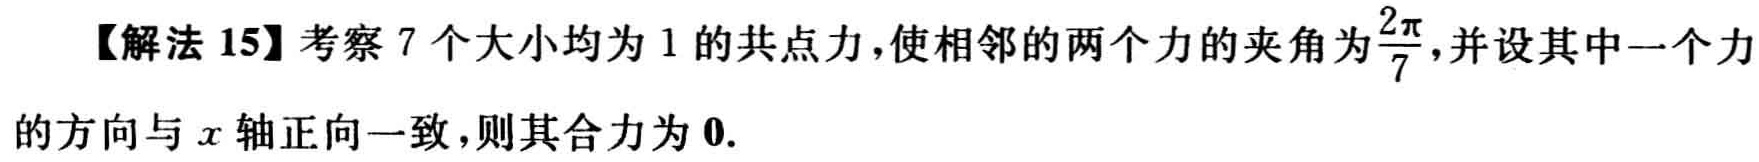
【解法 15】考察 7 个大小均为 1 的共点力，使相邻的两个力的夹角为$\frac{2\pi}{7}$，并设其中一个力的方向与\(x\)轴正向一致，则其合力为\(\mathbf{0}\).